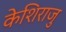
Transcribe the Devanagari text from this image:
केशिराजु